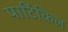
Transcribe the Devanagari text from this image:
पार्टिकिल